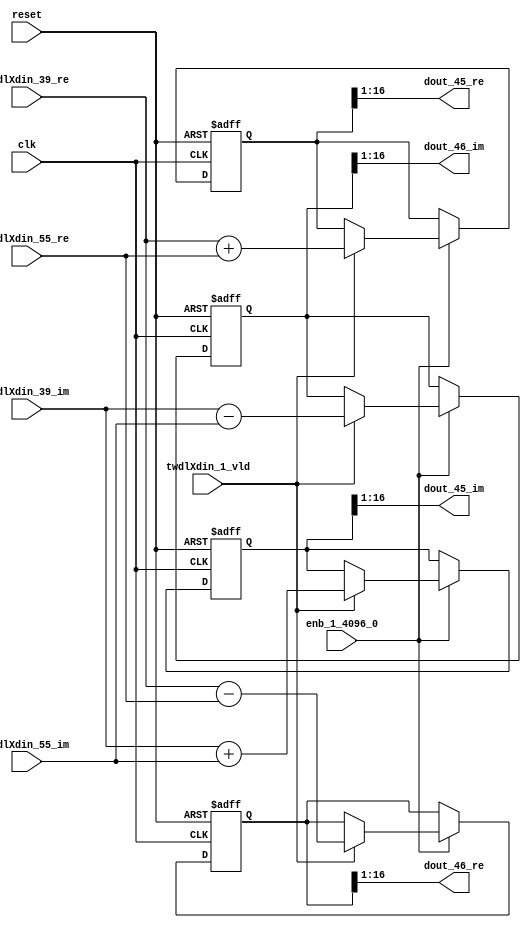
// -------------------------------------------------------------
// 
// 
// Generated by MATLAB 9.14 and HDL Coder 4.1
// 
// -------------------------------------------------------------


// -------------------------------------------------------------
// 
// Module: RADIX22FFT_SDNF1_3_block21
// Source Path: dsphdl.IFFT/RADIX22FFT_SDNF1_3
// Hierarchy Level: 4
// 
// -------------------------------------------------------------

`timescale 1 ns / 1 ns

module RADIX22FFT_SDNF1_3_block21
          (clk,
           reset,
           enb_1_4096_0,
           twdlXdin_39_re,
           twdlXdin_39_im,
           twdlXdin_55_re,
           twdlXdin_55_im,
           twdlXdin_1_vld,
           dout_45_re,
           dout_45_im,
           dout_46_re,
           dout_46_im);


  input   clk;
  input   reset;
  input   enb_1_4096_0;
  input   signed [15:0] twdlXdin_39_re;  // sfix16_En14
  input   signed [15:0] twdlXdin_39_im;  // sfix16_En14
  input   signed [15:0] twdlXdin_55_re;  // sfix16_En14
  input   signed [15:0] twdlXdin_55_im;  // sfix16_En14
  input   twdlXdin_1_vld;
  output  signed [15:0] dout_45_re;  // sfix16_En14
  output  signed [15:0] dout_45_im;  // sfix16_En14
  output  signed [15:0] dout_46_re;  // sfix16_En14
  output  signed [15:0] dout_46_im;  // sfix16_En14


  reg signed [16:0] Radix22ButterflyG1_NF_btf1_re_reg;  // sfix17
  reg signed [16:0] Radix22ButterflyG1_NF_btf1_im_reg;  // sfix17
  reg signed [16:0] Radix22ButterflyG1_NF_btf2_re_reg;  // sfix17
  reg signed [16:0] Radix22ButterflyG1_NF_btf2_im_reg;  // sfix17
  reg  Radix22ButterflyG1_NF_dinXtwdl_vld_dly1;
  reg signed [16:0] Radix22ButterflyG1_NF_btf1_re_reg_next;  // sfix17_En14
  reg signed [16:0] Radix22ButterflyG1_NF_btf1_im_reg_next;  // sfix17_En14
  reg signed [16:0] Radix22ButterflyG1_NF_btf2_re_reg_next;  // sfix17_En14
  reg signed [16:0] Radix22ButterflyG1_NF_btf2_im_reg_next;  // sfix17_En14
  reg  Radix22ButterflyG1_NF_dinXtwdl_vld_dly1_next;
  reg signed [15:0] dout_45_re_1;  // sfix16_En14
  reg signed [15:0] dout_45_im_1;  // sfix16_En14
  reg signed [15:0] dout_46_re_1;  // sfix16_En14
  reg signed [15:0] dout_46_im_1;  // sfix16_En14
  reg  dout_45_vld;
  reg signed [16:0] Radix22ButterflyG1_NF_add_cast;  // sfix17_En14
  reg signed [16:0] Radix22ButterflyG1_NF_add_cast_0;  // sfix17_En14
  reg signed [16:0] Radix22ButterflyG1_NF_sra_temp;  // sfix17_En14
  reg signed [16:0] Radix22ButterflyG1_NF_sub_cast;  // sfix17_En14
  reg signed [16:0] Radix22ButterflyG1_NF_sub_cast_0;  // sfix17_En14
  reg signed [16:0] Radix22ButterflyG1_NF_sra_temp_0;  // sfix17_En14
  reg signed [16:0] Radix22ButterflyG1_NF_add_cast_1;  // sfix17_En14
  reg signed [16:0] Radix22ButterflyG1_NF_add_cast_2;  // sfix17_En14
  reg signed [16:0] Radix22ButterflyG1_NF_sra_temp_1;  // sfix17_En14
  reg signed [16:0] Radix22ButterflyG1_NF_sub_cast_1;  // sfix17_En14
  reg signed [16:0] Radix22ButterflyG1_NF_sub_cast_2;  // sfix17_En14
  reg signed [16:0] Radix22ButterflyG1_NF_sra_temp_2;  // sfix17_En14


  // Radix22ButterflyG1_NF
  always @(posedge clk or posedge reset)
    begin : Radix22ButterflyG1_NF_process
      if (reset == 1'b1) begin
        Radix22ButterflyG1_NF_btf1_re_reg <= 17'sb00000000000000000;
        Radix22ButterflyG1_NF_btf1_im_reg <= 17'sb00000000000000000;
        Radix22ButterflyG1_NF_btf2_re_reg <= 17'sb00000000000000000;
        Radix22ButterflyG1_NF_btf2_im_reg <= 17'sb00000000000000000;
        Radix22ButterflyG1_NF_dinXtwdl_vld_dly1 <= 1'b0;
      end
      else begin
        if (enb_1_4096_0) begin
          Radix22ButterflyG1_NF_btf1_re_reg <= Radix22ButterflyG1_NF_btf1_re_reg_next;
          Radix22ButterflyG1_NF_btf1_im_reg <= Radix22ButterflyG1_NF_btf1_im_reg_next;
          Radix22ButterflyG1_NF_btf2_re_reg <= Radix22ButterflyG1_NF_btf2_re_reg_next;
          Radix22ButterflyG1_NF_btf2_im_reg <= Radix22ButterflyG1_NF_btf2_im_reg_next;
          Radix22ButterflyG1_NF_dinXtwdl_vld_dly1 <= Radix22ButterflyG1_NF_dinXtwdl_vld_dly1_next;
        end
      end
    end

  always @(Radix22ButterflyG1_NF_btf1_im_reg, Radix22ButterflyG1_NF_btf1_re_reg,
       Radix22ButterflyG1_NF_btf2_im_reg, Radix22ButterflyG1_NF_btf2_re_reg,
       Radix22ButterflyG1_NF_dinXtwdl_vld_dly1, twdlXdin_1_vld, twdlXdin_39_im,
       twdlXdin_39_re, twdlXdin_55_im, twdlXdin_55_re) begin
    Radix22ButterflyG1_NF_add_cast = 17'sb00000000000000000;
    Radix22ButterflyG1_NF_add_cast_0 = 17'sb00000000000000000;
    Radix22ButterflyG1_NF_sub_cast = 17'sb00000000000000000;
    Radix22ButterflyG1_NF_sub_cast_0 = 17'sb00000000000000000;
    Radix22ButterflyG1_NF_add_cast_1 = 17'sb00000000000000000;
    Radix22ButterflyG1_NF_add_cast_2 = 17'sb00000000000000000;
    Radix22ButterflyG1_NF_sub_cast_1 = 17'sb00000000000000000;
    Radix22ButterflyG1_NF_sub_cast_2 = 17'sb00000000000000000;
    Radix22ButterflyG1_NF_btf1_re_reg_next = Radix22ButterflyG1_NF_btf1_re_reg;
    Radix22ButterflyG1_NF_btf1_im_reg_next = Radix22ButterflyG1_NF_btf1_im_reg;
    Radix22ButterflyG1_NF_btf2_re_reg_next = Radix22ButterflyG1_NF_btf2_re_reg;
    Radix22ButterflyG1_NF_btf2_im_reg_next = Radix22ButterflyG1_NF_btf2_im_reg;
    Radix22ButterflyG1_NF_dinXtwdl_vld_dly1_next = twdlXdin_1_vld;
    if (twdlXdin_1_vld) begin
      Radix22ButterflyG1_NF_add_cast = {twdlXdin_39_re[15], twdlXdin_39_re};
      Radix22ButterflyG1_NF_add_cast_0 = {twdlXdin_55_re[15], twdlXdin_55_re};
      Radix22ButterflyG1_NF_btf1_re_reg_next = Radix22ButterflyG1_NF_add_cast + Radix22ButterflyG1_NF_add_cast_0;
      Radix22ButterflyG1_NF_sub_cast = {twdlXdin_39_re[15], twdlXdin_39_re};
      Radix22ButterflyG1_NF_sub_cast_0 = {twdlXdin_55_re[15], twdlXdin_55_re};
      Radix22ButterflyG1_NF_btf2_re_reg_next = Radix22ButterflyG1_NF_sub_cast - Radix22ButterflyG1_NF_sub_cast_0;
      Radix22ButterflyG1_NF_add_cast_1 = {twdlXdin_39_im[15], twdlXdin_39_im};
      Radix22ButterflyG1_NF_add_cast_2 = {twdlXdin_55_im[15], twdlXdin_55_im};
      Radix22ButterflyG1_NF_btf1_im_reg_next = Radix22ButterflyG1_NF_add_cast_1 + Radix22ButterflyG1_NF_add_cast_2;
      Radix22ButterflyG1_NF_sub_cast_1 = {twdlXdin_39_im[15], twdlXdin_39_im};
      Radix22ButterflyG1_NF_sub_cast_2 = {twdlXdin_55_im[15], twdlXdin_55_im};
      Radix22ButterflyG1_NF_btf2_im_reg_next = Radix22ButterflyG1_NF_sub_cast_1 - Radix22ButterflyG1_NF_sub_cast_2;
    end
    Radix22ButterflyG1_NF_sra_temp = Radix22ButterflyG1_NF_btf1_re_reg >>> 8'd1;
    dout_45_re_1 = Radix22ButterflyG1_NF_sra_temp[15:0];
    Radix22ButterflyG1_NF_sra_temp_0 = Radix22ButterflyG1_NF_btf1_im_reg >>> 8'd1;
    dout_45_im_1 = Radix22ButterflyG1_NF_sra_temp_0[15:0];
    Radix22ButterflyG1_NF_sra_temp_1 = Radix22ButterflyG1_NF_btf2_re_reg >>> 8'd1;
    dout_46_re_1 = Radix22ButterflyG1_NF_sra_temp_1[15:0];
    Radix22ButterflyG1_NF_sra_temp_2 = Radix22ButterflyG1_NF_btf2_im_reg >>> 8'd1;
    dout_46_im_1 = Radix22ButterflyG1_NF_sra_temp_2[15:0];
    dout_45_vld = Radix22ButterflyG1_NF_dinXtwdl_vld_dly1;
  end



  assign dout_45_re = dout_45_re_1;

  assign dout_45_im = dout_45_im_1;

  assign dout_46_re = dout_46_re_1;

  assign dout_46_im = dout_46_im_1;

endmodule  // RADIX22FFT_SDNF1_3_block21